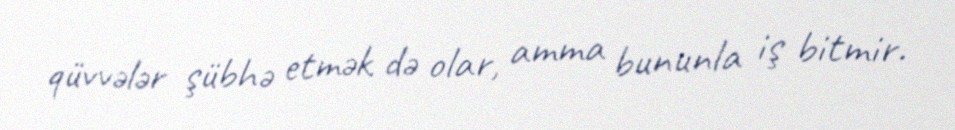
qüvvələr şübhə etmək də olar, amma bununla iş bitmir.